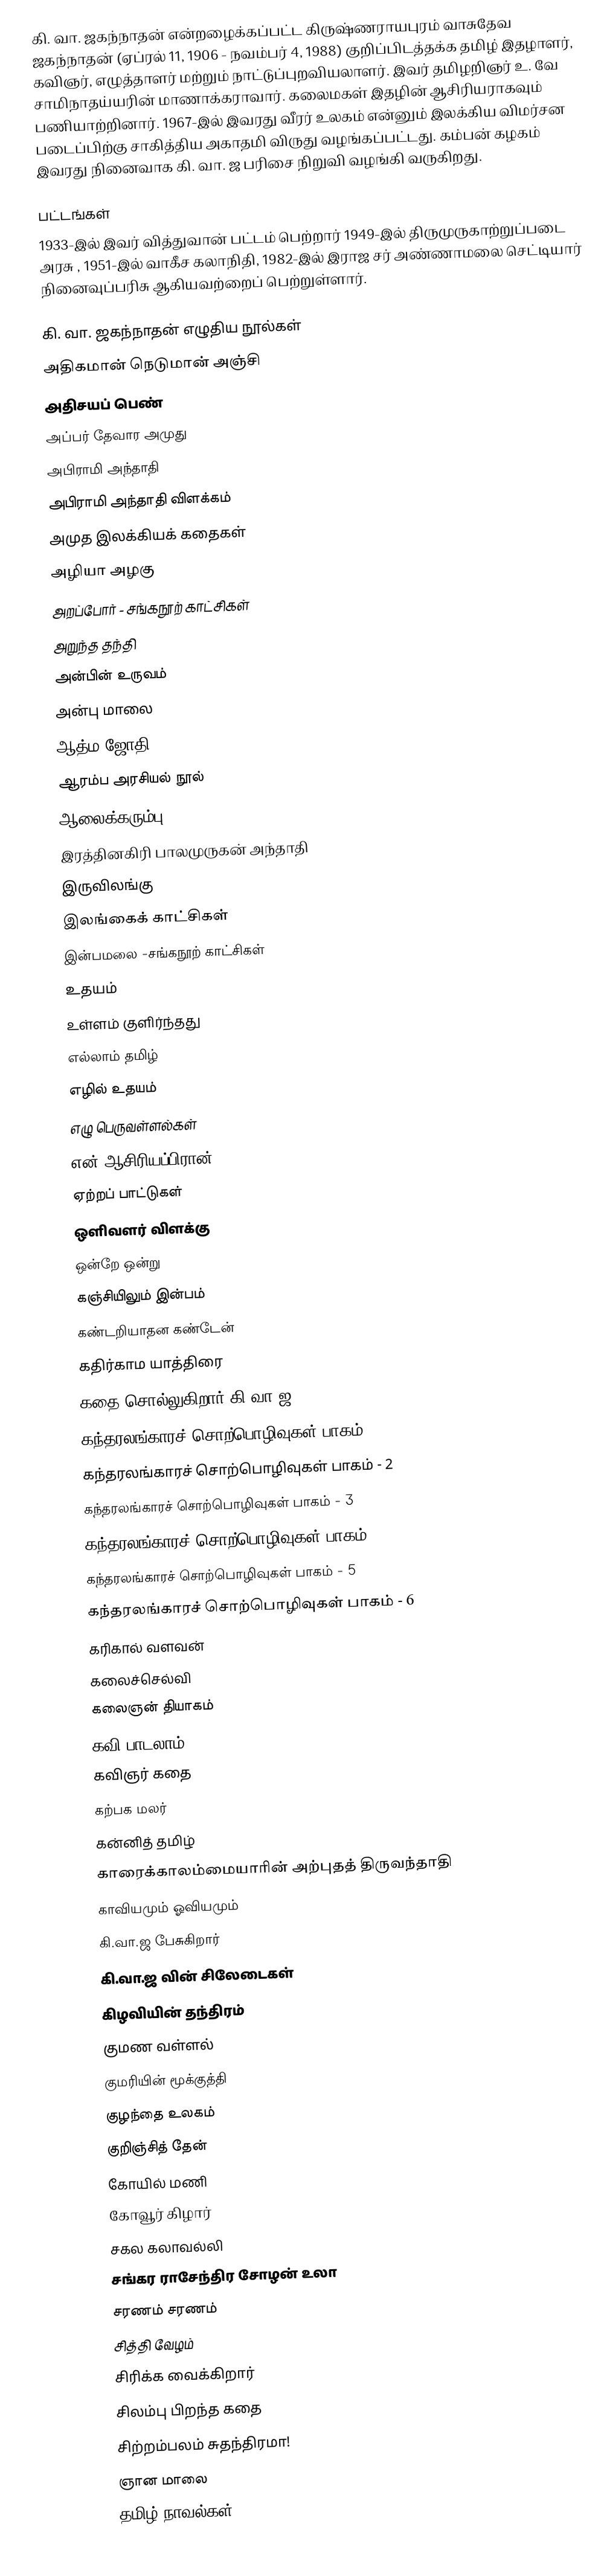
கி. வா. ஜகந்நாதன் என்றழைக்கப்பட்ட கிருஷ்ணராயபுரம் வாசுதேவ ஜகந்நாதன் (ஏப்ரல் 11, 1906 - நவம்பர் 4, 1988) குறிப்பிடத்தக்க தமிழ் இதழாளர், கவிஞர், எழுத்தாளர் மற்றும் நாட்டுப்புறவியலாளர். இவர் தமிழறிஞர் உ. வே சாமிநாதய்யரின் மாணாக்கராவார். கலைமகள் இதழின் ஆசிரியராகவும் பணியாற்றினார். 1967-இல் இவரது வீரர் உலகம் என்னும் இலக்கிய விமர்சன படைப்பிற்கு சாகித்திய அகாதமி விருது வழங்கப்பட்டது. கம்பன் கழகம் இவரது நினைவாக கி. வா. ஜ பரிசை நிறுவி வழங்கி வருகிறது.

பட்டங்கள்
1933-இல் இவர் வித்துவான் பட்டம் பெற்றார்  1949-இல் திருமுருகாற்றுப்படை அரசு , 1951-இல் வாகீச கலாநிதி, 1982-இல் இராஜ சர் அண்ணாமலை செட்டியார் நினைவுப்பரிசு ஆகியவற்றைப் பெற்றுள்ளார்.

கி. வா. ஜகந்நாதன் எழுதிய நூல்கள்
 அதிகமான் நெடுமான் அஞ்சி
 அதிசயப் பெண்
 அப்பர் தேவார அமுது
 அபிராமி அந்தாதி
 அபிராமி அந்தாதி விளக்கம்
 அமுத இலக்கியக் கதைகள்
 அழியா அழகு
 அறப்போர் - சங்கநூற் காட்சிகள்
 அறுந்த தந்தி
 அன்பின் உருவம்
 அன்பு மாலை
 ஆத்ம ஜோதி
 ஆரம்ப அரசியல் நூல்
 ஆலைக்கரும்பு
 இரத்தினகிரி பாலமுருகன் அந்தாதி
 இருவிலங்கு
 இலங்கைக் காட்சிகள்
 இன்பமலை -சங்கநூற் காட்சிகள்
 உதயம்
 உள்ளம் குளிர்ந்தது
 எல்லாம் தமிழ்
 எழில் உதயம்
 எழு பெருவள்ளல்கள்
 என் ஆசிரியப்பிரான்
 ஏற்றப் பாட்டுகள்
 ஒளிவளர் விளக்கு
 ஒன்றே ஒன்று
 கஞ்சியிலும் இன்பம்
 கண்டறியாதன கண்டேன்
 கதிர்காம யாத்திரை
 கதை சொல்லுகிறார் கி.வா.ஜ.
 கந்தரலங்காரச் சொற்பொழிவுகள் பாகம் - 1
 கந்தரலங்காரச் சொற்பொழிவுகள் பாகம் - 2
 கந்தரலங்காரச் சொற்பொழிவுகள் பாகம் - 3
 கந்தரலங்காரச் சொற்பொழிவுகள் பாகம் - 4
 கந்தரலங்காரச் சொற்பொழிவுகள் பாகம் - 5
 கந்தரலங்காரச் சொற்பொழிவுகள் பாகம் - 6
 கரிகால் வளவன்
 கலைச்செல்வி
 கலைஞன் தியாகம்
 கவி பாடலாம்
 கவிஞர் கதை
 கற்பக மலர்
 கன்னித் தமிழ்
 காரைக்காலம்மையாரின் அற்புதத் திருவந்தாதி
 காவியமும் ஓவியமும்
 கி.வா.ஜ பேசுகிறார்
 கி.வா.ஜ வின் சிலேடைகள்
 கிழவியின் தந்திரம்
 குமண வள்ளல்
 குமரியின் மூக்குத்தி
 குழந்தை உலகம்
 குறிஞ்சித் தேன்
 கோயில் மணி
 கோவூர் கிழார்
 சகல கலாவல்லி
 சங்கர ராசேந்திர சோழன் உலா
 சரணம் சரணம்
 சித்தி வேழம்
 சிரிக்க வைக்கிறார்
 சிலம்பு பிறந்த கதை
 சிற்றம்பலம் சுதந்திரமா!
 ஞான மாலை
 தமிழ் நாவல்கள் -